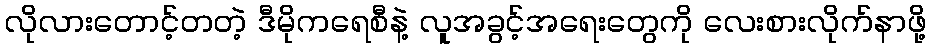
လိုလားတောင့်တတဲ့ ဒီမိုကရေစီနဲ့ လူအခွင့်အရေးတွေကို လေးစားလိုက်နာဖို့